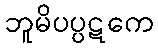
ဘူမိပပ္ပဋကေ